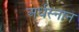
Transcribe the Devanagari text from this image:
अर्धस्नान